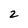
Character: 2